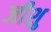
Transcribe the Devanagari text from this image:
जीशु